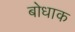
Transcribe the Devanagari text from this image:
बोधाक